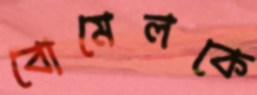
বোমেলকে